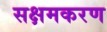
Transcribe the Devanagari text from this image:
सक्षमकरण